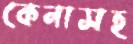
কেনাসহ